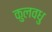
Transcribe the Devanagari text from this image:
कुलवधु